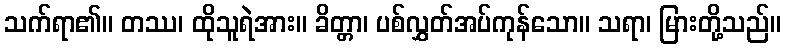
သက်ရာ၏။ တဿ၊ ထိုသူရဲအား။ ခိတ္တာ၊ ပစ်လွှတ်အပ်ကုန်သော။ သရာ၊ မြားတို့သည်။